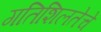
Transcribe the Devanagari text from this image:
गतिशिलतेचे